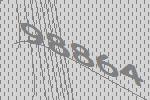
98864